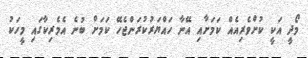
މޯދީ އަކީ ކުށްވެރިއެއް ކަމަށާއި އޭނާ ހައްޔަރުކުރަންޖެހޭ ކަމަށް ބުނެ އެމެރިކާގައި މީހަކު